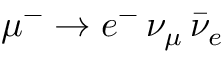
\mu ^ { - } \rightarrow e ^ { - } \, \nu _ { \mu } \, \bar { \nu } _ { e }